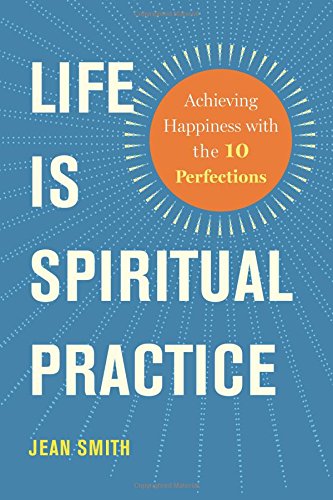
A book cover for Life Is Spiritual Practice: Achieving Happiness with the Ten Perfections; Jean Smith; Religion & Spirituality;